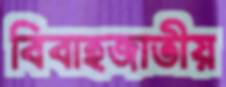
বিবাহজাতীয়